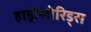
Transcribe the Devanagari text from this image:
हाड्रोसोरिड्स